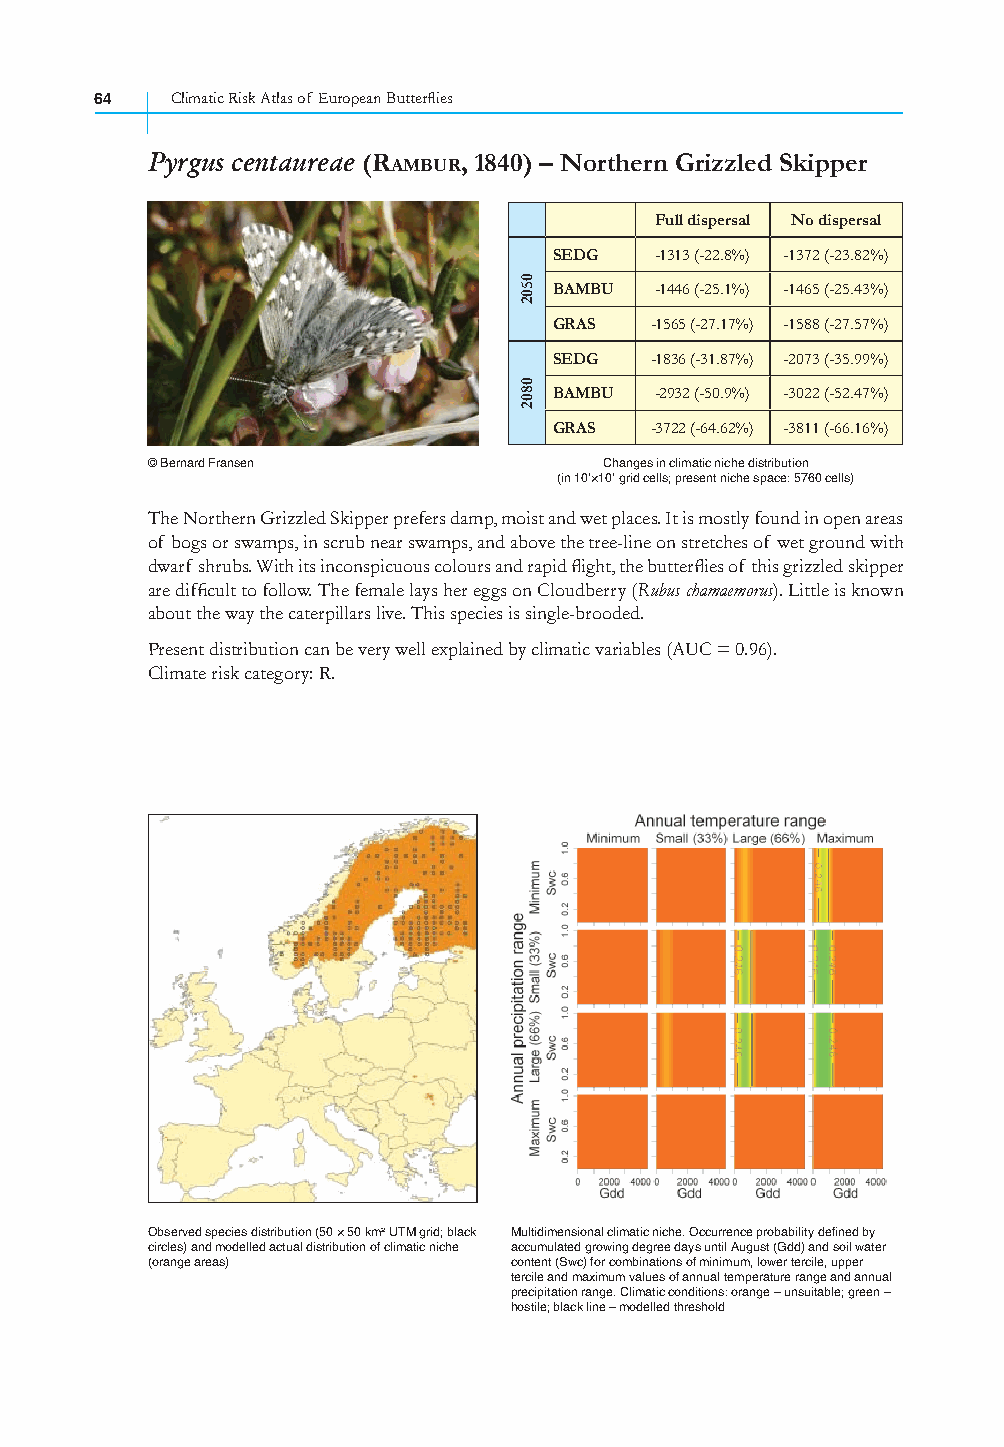
64   Climatic Risk Atlas of European Butterfl ies
 Pyrgus centaureae (RAMBUR, 1840) – Northern Grizzled Skipper
 Full dispersal No dispersal
 SEDG  -1313 (-22.8%) -1372 (-23.82%)
 BAMBU -1446 (-25.1%) -1465 (-25.43%)
 GRAS  -1565 (-27.17%) -1588 (-27.57%)
 SEDG  -1836 (-31.87%) -2073 (-35.99%)
 BAMBU -2932 (-50.9%) -3022 (-52.47%)
 GRAS  -3722 (-64.62%) -3811 (-66.16%)
 © Bernard Fransen             Changes in climatic niche distribution
 (in 10’×10’ grid cells; present niche space: 5760 cells)
 The Northern Grizzled Skipper prefers damp, moist and wet places. It is mostly found in open areas
 of bogs or swamps, in scrub near swamps, and above the tree-line on stretches of wet ground with
 dwarf shrubs. With its inconspicuous colours and rapid fl ight, the butterfl ies of this grizzled skipper
 are diffi cult to follow. The female lays her eggs on Cloudberry (Rubus chamaemorus). Little is known
 about the way the caterpillars live. This species is single-brooded.
 Present distribution can be very well explained by climatic variables (AUC = 0.96).
 Climate risk category: R.
 Observed species distribution (50 × 50 km² UTM grid; black Multidimensional climatic niche. Occurrence probability defined by
 circles) and modelled actual distribution of climatic niche accumulated growing degree days until August (Gdd) and soil water
 (orange areas)          content (Swc) for combinations of minimum, lower tercile, upper
 tercile and maximum values of annual temperature range and annual
 precipitation range. Climatic conditions: orange – unsuitable; green –
 hostile; black line – modelled threshold
 0502
 0802